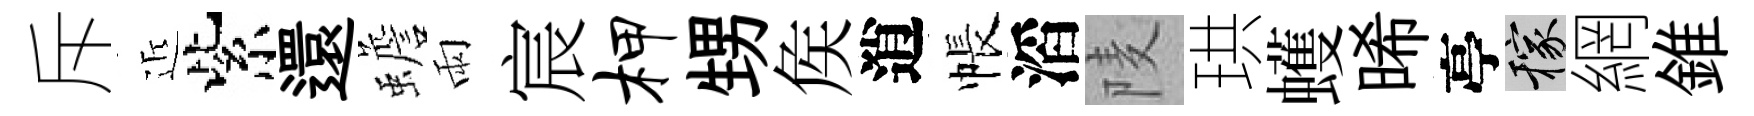
斥近紫還蟾雨宸柙甥矦逍帳滔𨹧珙蠖晞亭稼網錐